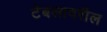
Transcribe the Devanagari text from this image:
टेबलावरील